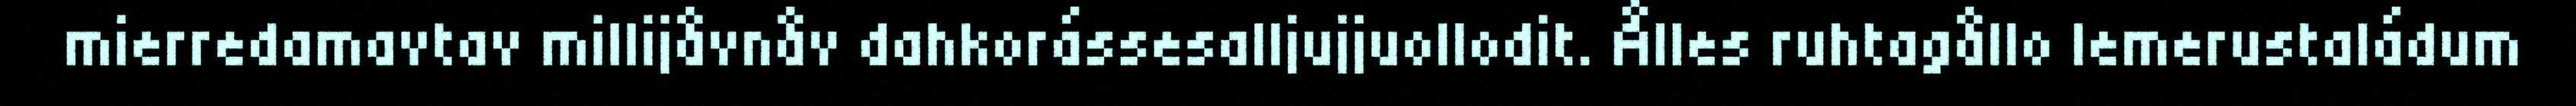
mierredamavtav millijåvnåv dahkorássesalljujjuollodit. Ålles ruhtagållo lemerustaládum